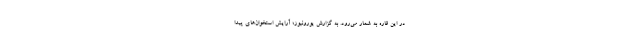
در این قاره به شمار می‌رود. به گزارش یورونیوز؛ آرایش استخوان‌های پیدا